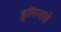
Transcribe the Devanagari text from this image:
ड्रॅगनांचे